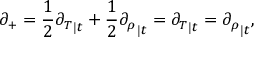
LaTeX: \partial _ { + } = \frac { 1 } { 2 } { \partial _ { T } } _ { | t } + \frac { 1 } { 2 } { \partial _ { \rho } } _ { | t } = { \partial _ { T } } _ { | t } = { \partial _ { \rho } } _ { | t } ,